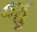
જૂ